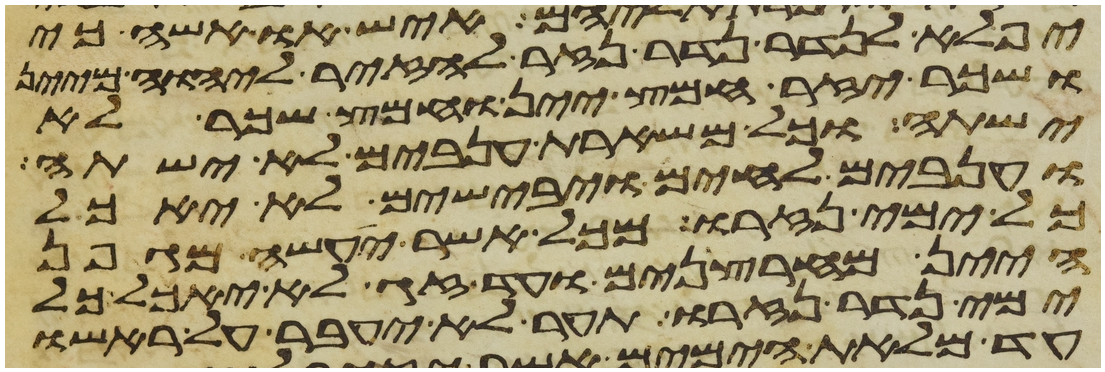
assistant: יפלא לנדר נדר נזיר להזיר ליהוה מיין
ושכר יזיר חמץ יין וחמץ שכר לא
ישתה וכל משארת ענבים לא ישתה
וענבים לחים ויבישים לא יאכל
כל ימי נזרו מכל אשר יעשה מגפן
היין מחרצנים ועד זג לא יאכל כל
ימי נדר נזרו תער לא יעבר על ראשו